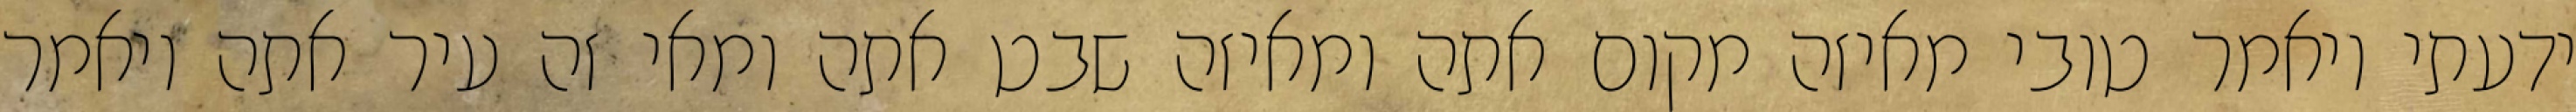
ידעתי ויאמר טובי מאיזה מקום אתה ומאיזה שבט אתה ומאי זה עיר אתה ויאמר